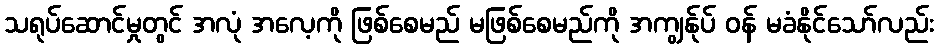
သရုပ်ဆောင်မှုတွင် အလုံ အလေ့ကို ဖြစ်စေမည် မဖြစ်စေမည်ကို အကျွန်ုပ် ဝန် မခံနိုင်သော်လည်း